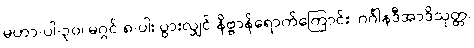
မဟာ-ပါ-၃၀၊ မဂ္ဂင် ၈-ပါး ပွားလျှင် နိဗ္ဗာန်ရောက်ကြောင်း၊ ဂင်္ဂါနဒီအာဒိသုတ္တ၊